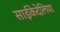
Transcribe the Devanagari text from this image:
साईंकेदेलिया